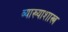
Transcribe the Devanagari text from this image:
व्याख्याशास्त्र